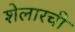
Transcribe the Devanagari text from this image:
शेलारची